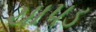
ચાપડ